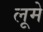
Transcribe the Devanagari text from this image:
लूमे